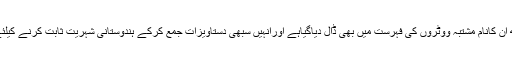
ساتھ ہی ساتھ ان کانام مشتبہ ووٹروں کی فہرست میں بھی ڈال دیاگیاہے اورانہیں سبھی دستاویزات جمع کرکے ہندوستانی شہریت ثابت کرنے کیلئے کہاگیاہے۔